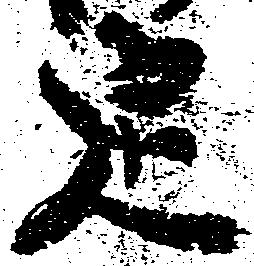
定